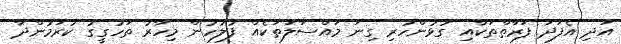
އަދި އެފަދަ ފަރާތްތަކާއި ގުޅުންހުރި ގިނަ މައްސަލަތަކެއް ފުލުހުން މިހާރު ތަހުގީގު ކުރަމުންދާ